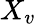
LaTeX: X_{v}